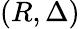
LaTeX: (R,\Delta)